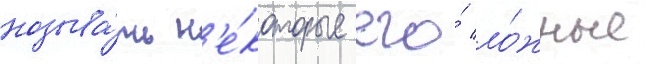
называ́ть н'е́которые его́ ло́жные